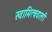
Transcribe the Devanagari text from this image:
स्वामित्ववाली